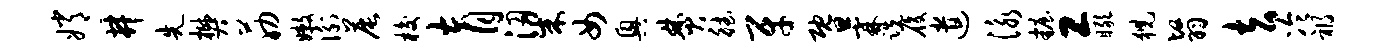
嫦井先樊筋嫩衡晨梭育梁女兴焚德牙暨霖跣履遣泳妆工瞰猊翳去冷祸